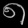
Digit: ၈